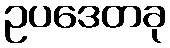
ဥပဒေတခု